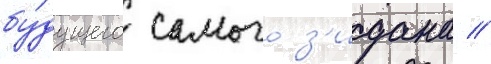
бу́дущего самого з'идана //